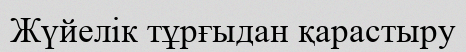
Жүйелік тұрғыдан қарастыру